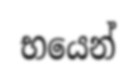
භයෙන්